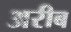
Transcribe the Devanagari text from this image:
अरीब